Leprosy in India: report of the Leprosy Commission in India, 1890-91
Year: 1890
Disease focus: Leprosy
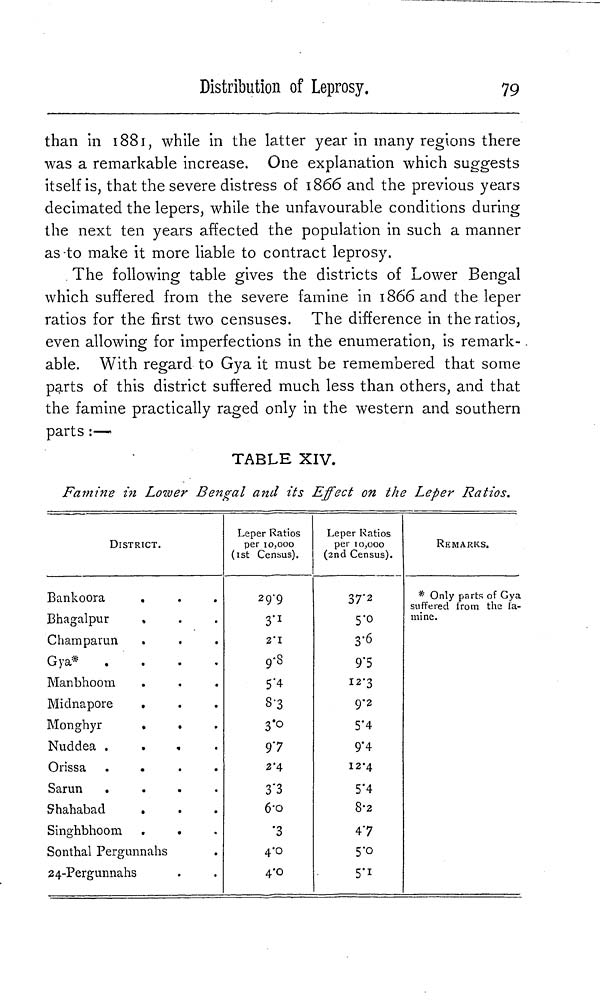
79
Distribution of Leprosy.
than in 1881, while in the latter year in many regions there
was a remarkable increase. One explanation which suggests
itself is, that the severe distress of 1866 and the previous years
decimated the lepers, while the unfavourable conditions during
the next ten years affected the population in such a manner
as to make it more liable to contract leprosy.
The following table gives the districts of Lower Bengal
which suffered from the severe famine in 1866 and the leper
ratios for the first two censuses. The difference in the ratios,
even allowing for imperfections in the enumeration, is remark-
able. With regard to Gya it must be remembered that some
parts of this district suffered much less than others, and that
the famine practically raged only in the western and southern
parts :—•
TABLE XIV.
Famine in Lower Bengal and its Effect on the Leper Ratios.
DISTRICT.
Bankoora
.
Bhagalpur
Champaran
Gya*
.
Manbhoom
Midnapore
.
Monghyr
Nuddea
Orissa
Sarun
Shahabad
.
Singhbhoom
.
.
Sonthal Pergunnahs
24-Pergunnahs
Leper Ratios
per 10,000
(1st Census).
29.9
3.1
2.1
9.8
5.4
8.3
3.0
97
2.4
3.3
6.0
.3
4.0
4.0
Leper Ratios
per 10,000
(2nd Census).
37.2
5.0
3.6
9.5
12..3
9.2
5.4
9.4
12.4
5.4
8.2
47
5.0
5.1
REMARKS.
* Only parts of Gya
suffered from the ia-
mine.